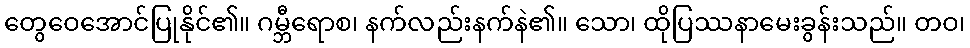
တွေဝေအောင်ပြုနိုင်၏။ ဂမ္ဘီရောစ၊ နက်လည်းနက်နဲ၏။ သော၊ ထိုပြဿနာမေးခွန်းသည်။ တဝ၊